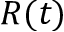
R ( t )